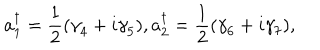
a _ { 1 } ^ { \dagger } = \frac { 1 } { 2 } ( { \gamma } _ { 4 } + i { \gamma } _ { 5 } ) , a _ { 2 } ^ { \dagger } = \frac { 1 } { 2 } ( { \gamma } _ { 6 } + i { \gamma } _ { 7 } ) ,